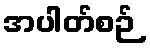
အပါတ်စဉ်